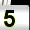
Digit: 5